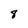
Character: 8